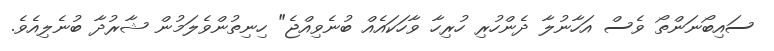
ސައިބޯނަންތޯ ވެސް އަހާނުލާ ދެންހުރި ހުރިހާ ވާހަކައެއް ބުނެވިއްޖެ" ހިނިތުންވެލަމުން ޝާރުދާ ބުނެލިއެވެ.